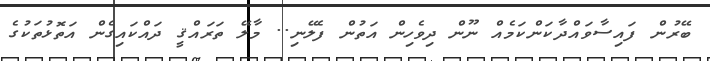
ބޭރުން ފައިސާވައްދާކަންކަމެއް ނޫން ދިވެހިން އަތުން ފެލޭނި.. މާލޭ ތަރައްޤީ ދައްކައިގެން އަތޮޅުތަކުގެ